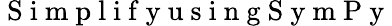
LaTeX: \mathrm{~S~i~m~p~l~i~f~y~u~s~i~n~g~S~y~m~P~y~}